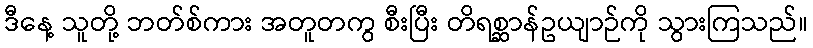
ဒီနေ့ သူတို့ ဘတ်စ်ကား အတူတကွ စီးပြီး တိရစ္ဆာန်ဥယျာဉ်ကို သွားကြသည်။